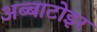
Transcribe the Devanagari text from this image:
अब्बाटोइर